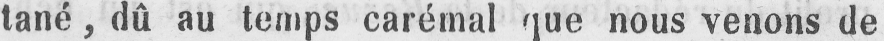
tané, dû au temps carémal que nous venons de